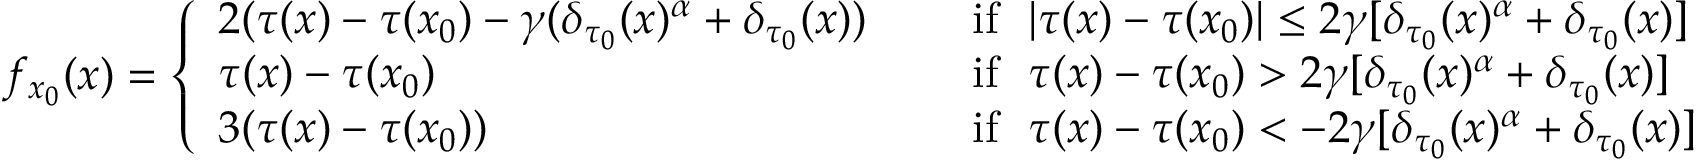
f _ { x _ { 0 } } ( x ) = \left\{ \begin{array} { l c l } { 2 ( \tau ( x ) - \tau ( x _ { 0 } ) - \gamma ( \delta _ { \tau _ { 0 } } ( x ) ^ { \alpha } + \delta _ { \tau _ { 0 } } ( x ) ) } & & { \mathrm { ~ i f ~ } \, \, | \tau ( x ) - \tau ( x _ { 0 } ) | \leq 2 \gamma [ \delta _ { \tau _ { 0 } } ( x ) ^ { \alpha } + \delta _ { \tau _ { 0 } } ( x ) ] } \\ { \tau ( x ) - \tau ( x _ { 0 } ) } & & { \mathrm { ~ i f ~ } \, \, \tau ( x ) - \tau ( x _ { 0 } ) > 2 \gamma [ \delta _ { \tau _ { 0 } } ( x ) ^ { \alpha } + \delta _ { \tau _ { 0 } } ( x ) ] } \\ { 3 ( \tau ( x ) - \tau ( x _ { 0 } ) ) } & & { \mathrm { ~ i f ~ } \, \, \tau ( x ) - \tau ( x _ { 0 } ) < - 2 \gamma [ \delta _ { \tau _ { 0 } } ( x ) ^ { \alpha } + \delta _ { \tau _ { 0 } } ( x ) ] } \end{array} \right.